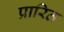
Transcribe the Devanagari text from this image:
प्रारित